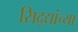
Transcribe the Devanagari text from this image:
सिद्द्यांच्या